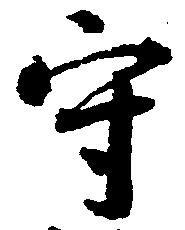
守